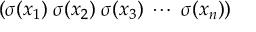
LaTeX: ( \sigma ( x _ { 1 } ) \; \sigma ( x _ { 2 } ) \; \sigma ( x _ { 3 } ) \; \cdots \; \sigma ( x _ { n } ) )